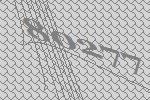
80277